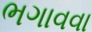
ભગાવવા